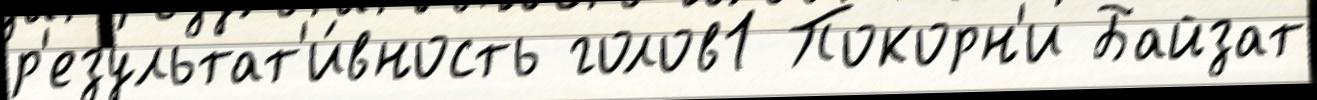
р'езультат'и́вность голов1 Покорн'и Байзат